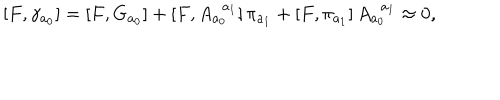
\left[ F , \gamma _ { a _ { 0 } } \right] = \left[ F , G _ { a _ { 0 } } \right] + \left[ F , A _ { a _ { 0 } } ^ { \; \; a _ { 1 } } \right] \pi _ { a _ { 1 } } + \left[ F , \pi _ { a _ { 1 } } \right] A _ { a _ { 0 } } ^ { \; \; a _ { 1 } } \approx 0 ,